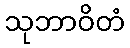
သုဘာဝိတံ